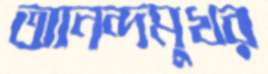
আনন্দমুখর